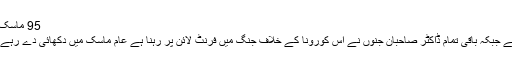
95 ماسک پہنا
ہوا ہے جبکہ باقی تمام ڈاکٹر صاحبان جنوں نے اس کورونا کے خلاف جنگ میں فرنٹ لائن پر رہنا ہے عام ماسک میں دکھائی دے رہے ہیں۔